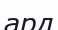
ард